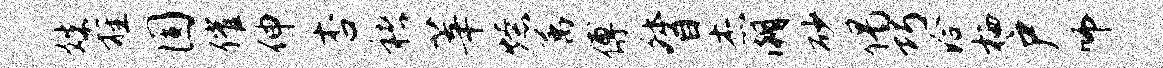
姝旌圆催伸杏褚莘燎属傅督杰潮砂偈巧洽栖户师